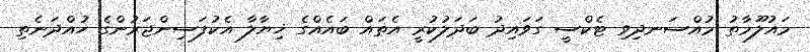
މައުލޫމާތު މުއްސަނދިވި ޓެކްސީ ގަވައިދު ބަދަލުކުރީ އެތައް ބައެއްގެ ޚިޔާލާ އެކުފަސިންޖަރުންގެ ހުއްދަނެތި